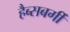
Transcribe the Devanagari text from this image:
हैब्सबर्गी